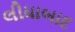
લીધાબાદ